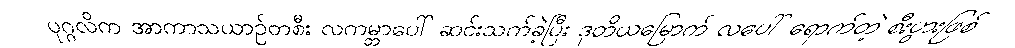
ပုဂ္ဂလိက အာကာသယာဉ်တစီး လကမ္ဘာပေါ် ဆင်းသက်ခဲ့ပြီး ဒုတိယမြောက် လပေါ် ရောက်တဲ့ စီးပွားဖြစ်